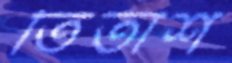
তিতাশ